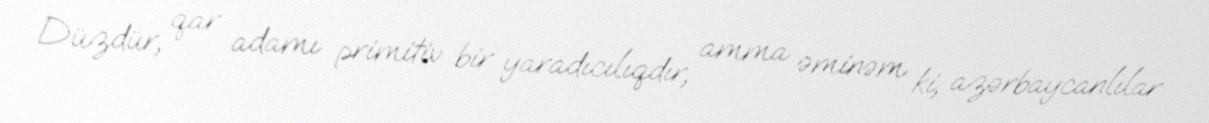
Düzdür, qar adamı primitiv bir yaradıcılıqdır, amma əminəm ki, azərbaycanlılar